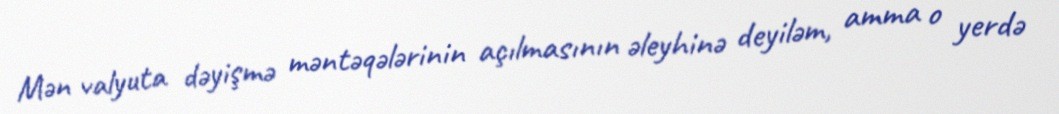
Mən valyuta dəyişmə məntəqələrinin açılmasının əleyhinə deyiləm, amma o yerdə